Lunatic asylums Bombay report 1878-1890 - 1878-1890
Year: 1878
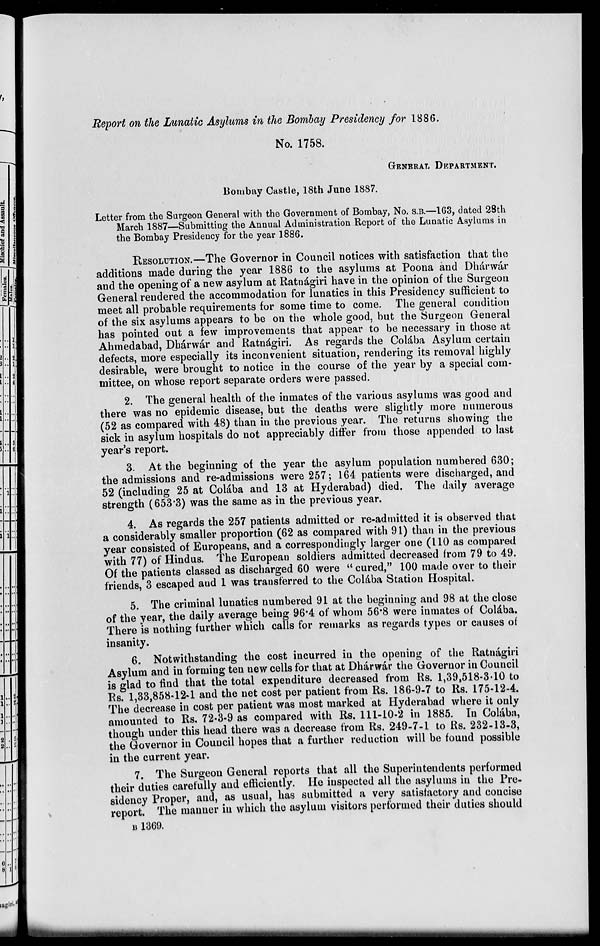
Report on the Lunatic Asylums in the Bombay Presidency for 1886.
No. 1758.
GENERAL DEPARTMENT.
Bombay Castle, 18th June 1887.
Letter from the Surgeon General with the Government of Bombay, No. S.B.—163, dated 28th
March 1887—Submitting the Annual Administration Report of the Lunatic Asylums in
the Bombay Presidency for the year 1886.
RESOLUATION.—The Governor in Council notices with satisfaction that the
additions made during the year 1886 to the asylums at Poona and Dhárwár
and the opening of a new asylum at Ratnágiri have in the opinion of the Surgeon
General rendered the accommodation for lunatics in this Presidency sufficient to
meet all probable requirements for some time to come. The general condition
of the six asylums appears to be on the whole good, but the Surgeon General
has pointed out a few improvements that appear to be necessary in those at
Ahmedabad, Dhárwár and Ratnágiri. As regards the Colába Asylum certain
defects, more especially its inconvenient situation, rendering its removal highly
desirable, were brought to notice in the course of the year by a special com-
mittee, on whose report separate orders were passed.
2. The general health of the inmates of the various asylums was good and
there was no epidemic disease, but the deaths were slightly more numerous
(52 as compared with 48) than in the previous year. The returns showing the
sick in asylum hospitals do not appreciably differ from those appended to last
year's report.
3. At the beginning of the year the asylum population numbered 630;
the admissions and re-admissions were 257; 164 patients were discharged, and
52 (including 25 at Colába and 13 at Hyderabad) died. The daily average
strength (653.3) was the same as in the previous year.
4. As regards the 257 patients admitted or re-admitted it is observed that
a considerably smaller proportion (62 as compared with 91) than in the previous
year consisted of Europeans, and a correspondingly larger one (110 as compared
with 77) of Hindus. The European soldiers admitted decreased from 79 to 49.
Of the patients classed as discharged 60 were "cured," 100 made over to their
friends, 3 escaped and 1 was transferred to the Colába Station Hospital.
5. The criminal lunatics numbered 91 at the beginning and 98 at the close
of the year, the daily average being 96.4 of whom 56.8 were inmates of Colába.
There is nothing further which calls for remarks as regards types or causes of
insanity.
6. Notwithstanding the cost incurred in the opening of the Ratnágiri
Asylum and in forming ten new cells for that at Dhárwár the Governor in Council
is glad to find that the total expenditure decreased from Rs. 1,39,518-3-10 to
Rs. 1,33,858-12-1 and the net cost per patient from Rs. 186-9-7 to Rs. 175-12-4.
The decrease in cost per patient was most marked at Hyderabad where it only
amounted to Rs. 72-3-9 as compared with Rs. 111-10-2 in 1885. In Colába,
though under this head there was a decrease from Rs. 249-7-1 to Rs. 232-13-3,
the Governor in Council hopes that a further reduction will be found possible
in the current year.
7. The Surgeon General reports that all the Superintendents performed
their duties carefully and efficiently. He inspected all the asylums in the Pre-
sidency Proper, and, as usual, has submitted a very satisfactory and concise
report. The manner in which the asylum visitors performed their duties should
B 1369.